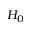
H _ { 0 }